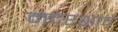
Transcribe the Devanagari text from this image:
मदरशाचे